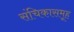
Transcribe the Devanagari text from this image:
संचिकासमूह